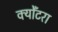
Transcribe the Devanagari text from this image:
क्योँटरा